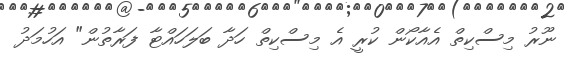
ނޫރު މިސްކިތް އެއާކޯން ކުރީ އެ މިސްކިތް ހަދާ ބަލަހައްޓާ ފަރާތުން" އަހުމަދު